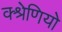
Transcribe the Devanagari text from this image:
क्श्रेणियो